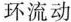
环流动